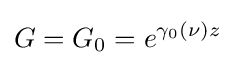
G=G_{0}=e^{\gamma _{0}(\nu )z}